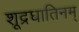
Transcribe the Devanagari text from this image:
शूद्रघातिनम्